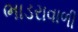
ભાડરાવાળી